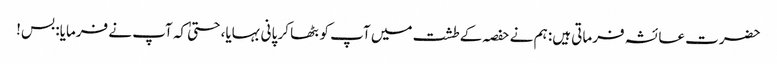
حضرت عائشہ فرماتی ہیں: ہم نے حفصہ کے طشت میں آپ کو بٹھا کر پانی بہایا، حتیٰ کہ آپ نے فرمایا: بس!